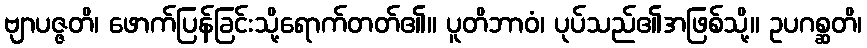
ဗျာပဇ္ဇတိ၊ ဖောက်ပြန်ခြင်းသို့ရောက်တတ်၏။ ပူတိဘာဝံ၊ ပုပ်သည်၏အဖြစ်သို့။ ဥပဂစ္ဆတိ၊